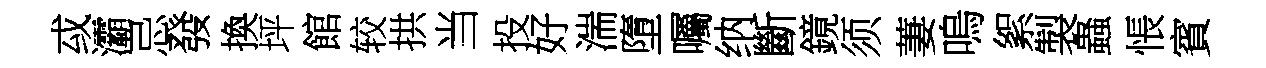
㦯灞忌發換坪館较拱当投好湍墮囑纳斷鏡须萋嗚絮製蟲悵賓